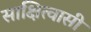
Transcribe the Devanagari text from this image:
साक्षित्वासी